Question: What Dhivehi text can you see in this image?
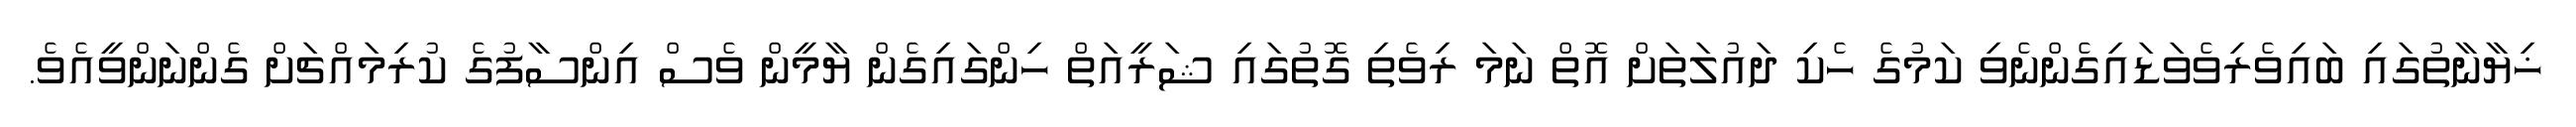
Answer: ޚިޔާނާތުގައި ބައިވެރިވެވަޑައިގެންނެވި ކަމުގެ ހެކި ދައުލަތަށް އޮތް ނަމަ ރިވެތި ގޮތުގައި ޝަރީއަތް ހިންގައިގެން ޔާމީން ވެސް އިންސާފުގެ ކުރިމައްޗަށް ގެންނަންވީއެވެ.